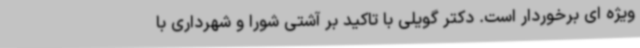
ویژه ای برخوردار است. دکتر گویلی با تاکید بر آشتی شورا و شهرداری با